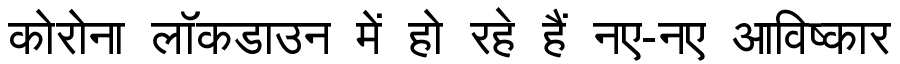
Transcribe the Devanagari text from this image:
कोरोना लॉकडाउन में हो रहे हैं नए-नए आविष्कार